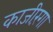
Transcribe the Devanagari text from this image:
काजीरंगा